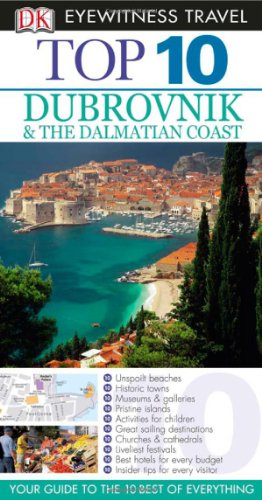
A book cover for Top 10 Dubrovnik and the Dalmatian Coast (Eyewitness Top 10 Travel Guides); James Stewart; Travel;